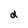
Character: d